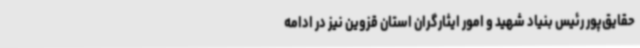
حقایق‌پور رئیس بنیاد شهید و امور ایثارگران استان قزوین نیز در ادامه